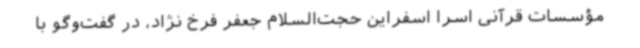
مؤسسات قرآنی اسرا اسفراین حجت‌السلام جعفر فرخ نژاد، در گفت‌وگو با